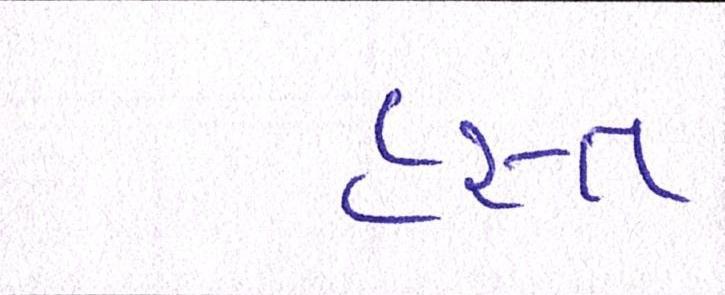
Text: હસ્ત